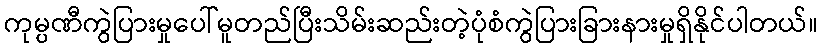
ကုမ္ပဏီကွဲပြားမှုပေါ်မူတည်ပြီးသိမ်းဆည်းတဲ့ပုံစံကွဲပြားခြားနားမှုရှိနိုင်ပါတယ်။